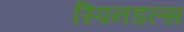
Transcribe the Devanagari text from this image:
स्पिनडल्स